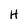
Character: H